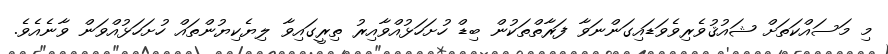
މި މަސައްކަތަށް ޝައުޤުވެރިވެވަޑައިގަންނަވާ ފަރާތްތަކުން ބިޑް ހުށަހަޅުއްވާއިރު ތިރީގައިވާ ލިޔެކިޔުންތައް ހުށަހަޅުއްވަން ވާނެއެވެ.